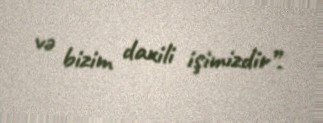
və bizim daxili işimizdir”.